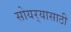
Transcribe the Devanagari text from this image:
सोयर्‍यासाठी